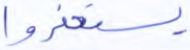
يستغفروا